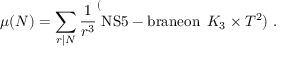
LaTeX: \mu ( N ) = \sum _ { r | N } \frac { 1 } { r ^ { 3 } } \sp ( \mathrm { N S 5 - b r a n e o n } \; \, K _ { 3 } \times T ^ { 2 } ) \ .